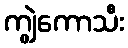
ကျွဲကောသီး